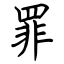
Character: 罪